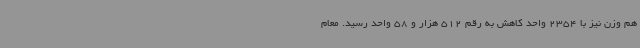
هم وزن نیز با 2354 واحد کاهش به رقم 512 هزار و 58 واحد رسید. معام